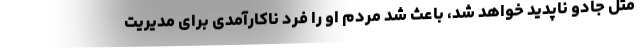
مثل جادو ناپدید خواهد شد، باعث شد مردم او را فرد ناکارآمدی برای مدیریت